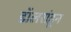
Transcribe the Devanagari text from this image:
डॉलरांहून